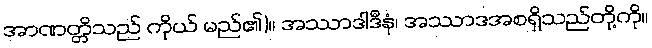
အာဏတ္တိသည် ကိုယ် မည်၏)။ အဿာဒါဒီနံ၊ အဿာဒအစရှိသည်တို့ကို။